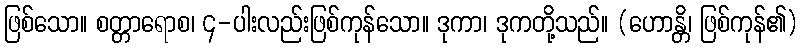
ဖြစ်သော။ စတ္တာရောစ၊ ၄-ပါးလည်းဖြစ်ကုန်သော။ ဒုကာ၊ ဒုကတို့သည်။ (ဟောန္တိ၊ ဖြစ်ကုန်၏)